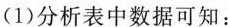
(1)分析表中数据可知：